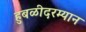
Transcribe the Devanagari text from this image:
हुबळीदरम्यान